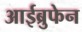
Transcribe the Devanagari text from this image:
आईब्रुफेन